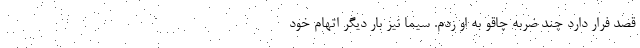
قصد فرار دارد چند ضربه چاقو به او زدم. سیما نیز بار دیگر اتهام خود